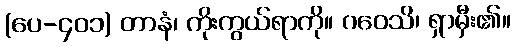
(ပေ-၄၀၁) တာနံ၊ ကိုးကွယ်ရာကို။ ဂဝေသိ၊ ရှာမှီး၏။